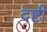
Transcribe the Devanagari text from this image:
दष्टी